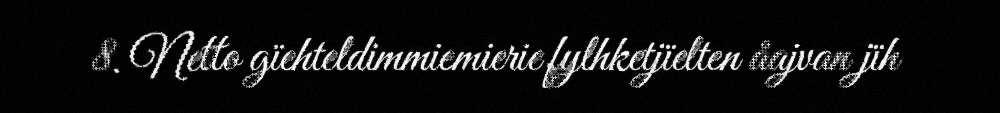
8. Netto gïehteldimmiemierie fylhketjïelten åajvan jïh